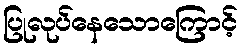
ပြုလုပ်နေသောကြောင့်